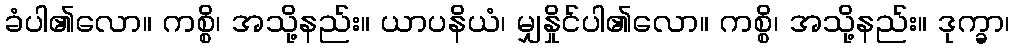
ခံပါ၏လော။ ကစ္စိ၊ အသို့နည်း။ ယာပနိယံ၊ မျှနှိုင်ပါ၏လော။ ကစ္စိ၊ အသို့နည်း။ ဒုက္ခာ၊